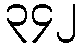
၃၄၂